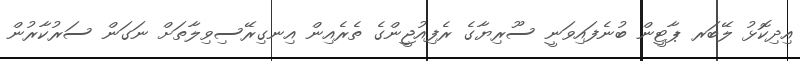
އިދިކޮޅު ލޭބަރ ޕާޓީން ބުނެފައިވަނީ ސޫރިޔާގެ ރެފިއުޖީންގެ ތެރެއިން އިނގިރޭސިވިލާތަށް ނަގަން ސަރުކާރުން